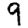
Digit: 9